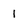
Character: 1